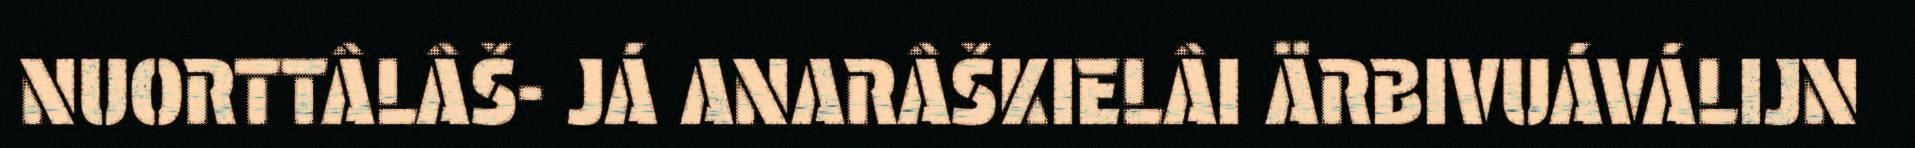
NUORTTÂLÂŠ- JÁ ANARÂŠKIELÂI ÄRBIVUÁVÁLIJN